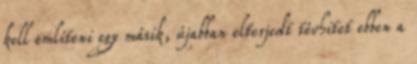
kell említeni egy másik, újabban elterjedt tévhitet ebben a